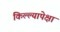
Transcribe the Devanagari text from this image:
किल्ल्यापेक्षा